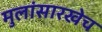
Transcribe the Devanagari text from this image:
मुलांसारखेच